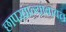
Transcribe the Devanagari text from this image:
छापखान्यांबाबत